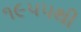
૧૯૫૫થી